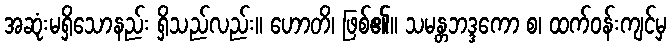
အဆုံးမရှိသောနည်း ရှိသည်လည်း။ ဟောတိ၊ ဖြစ်၏။ သမန္တဘဒ္ဒကော စ၊ ထက်ဝန်းကျင်မှ